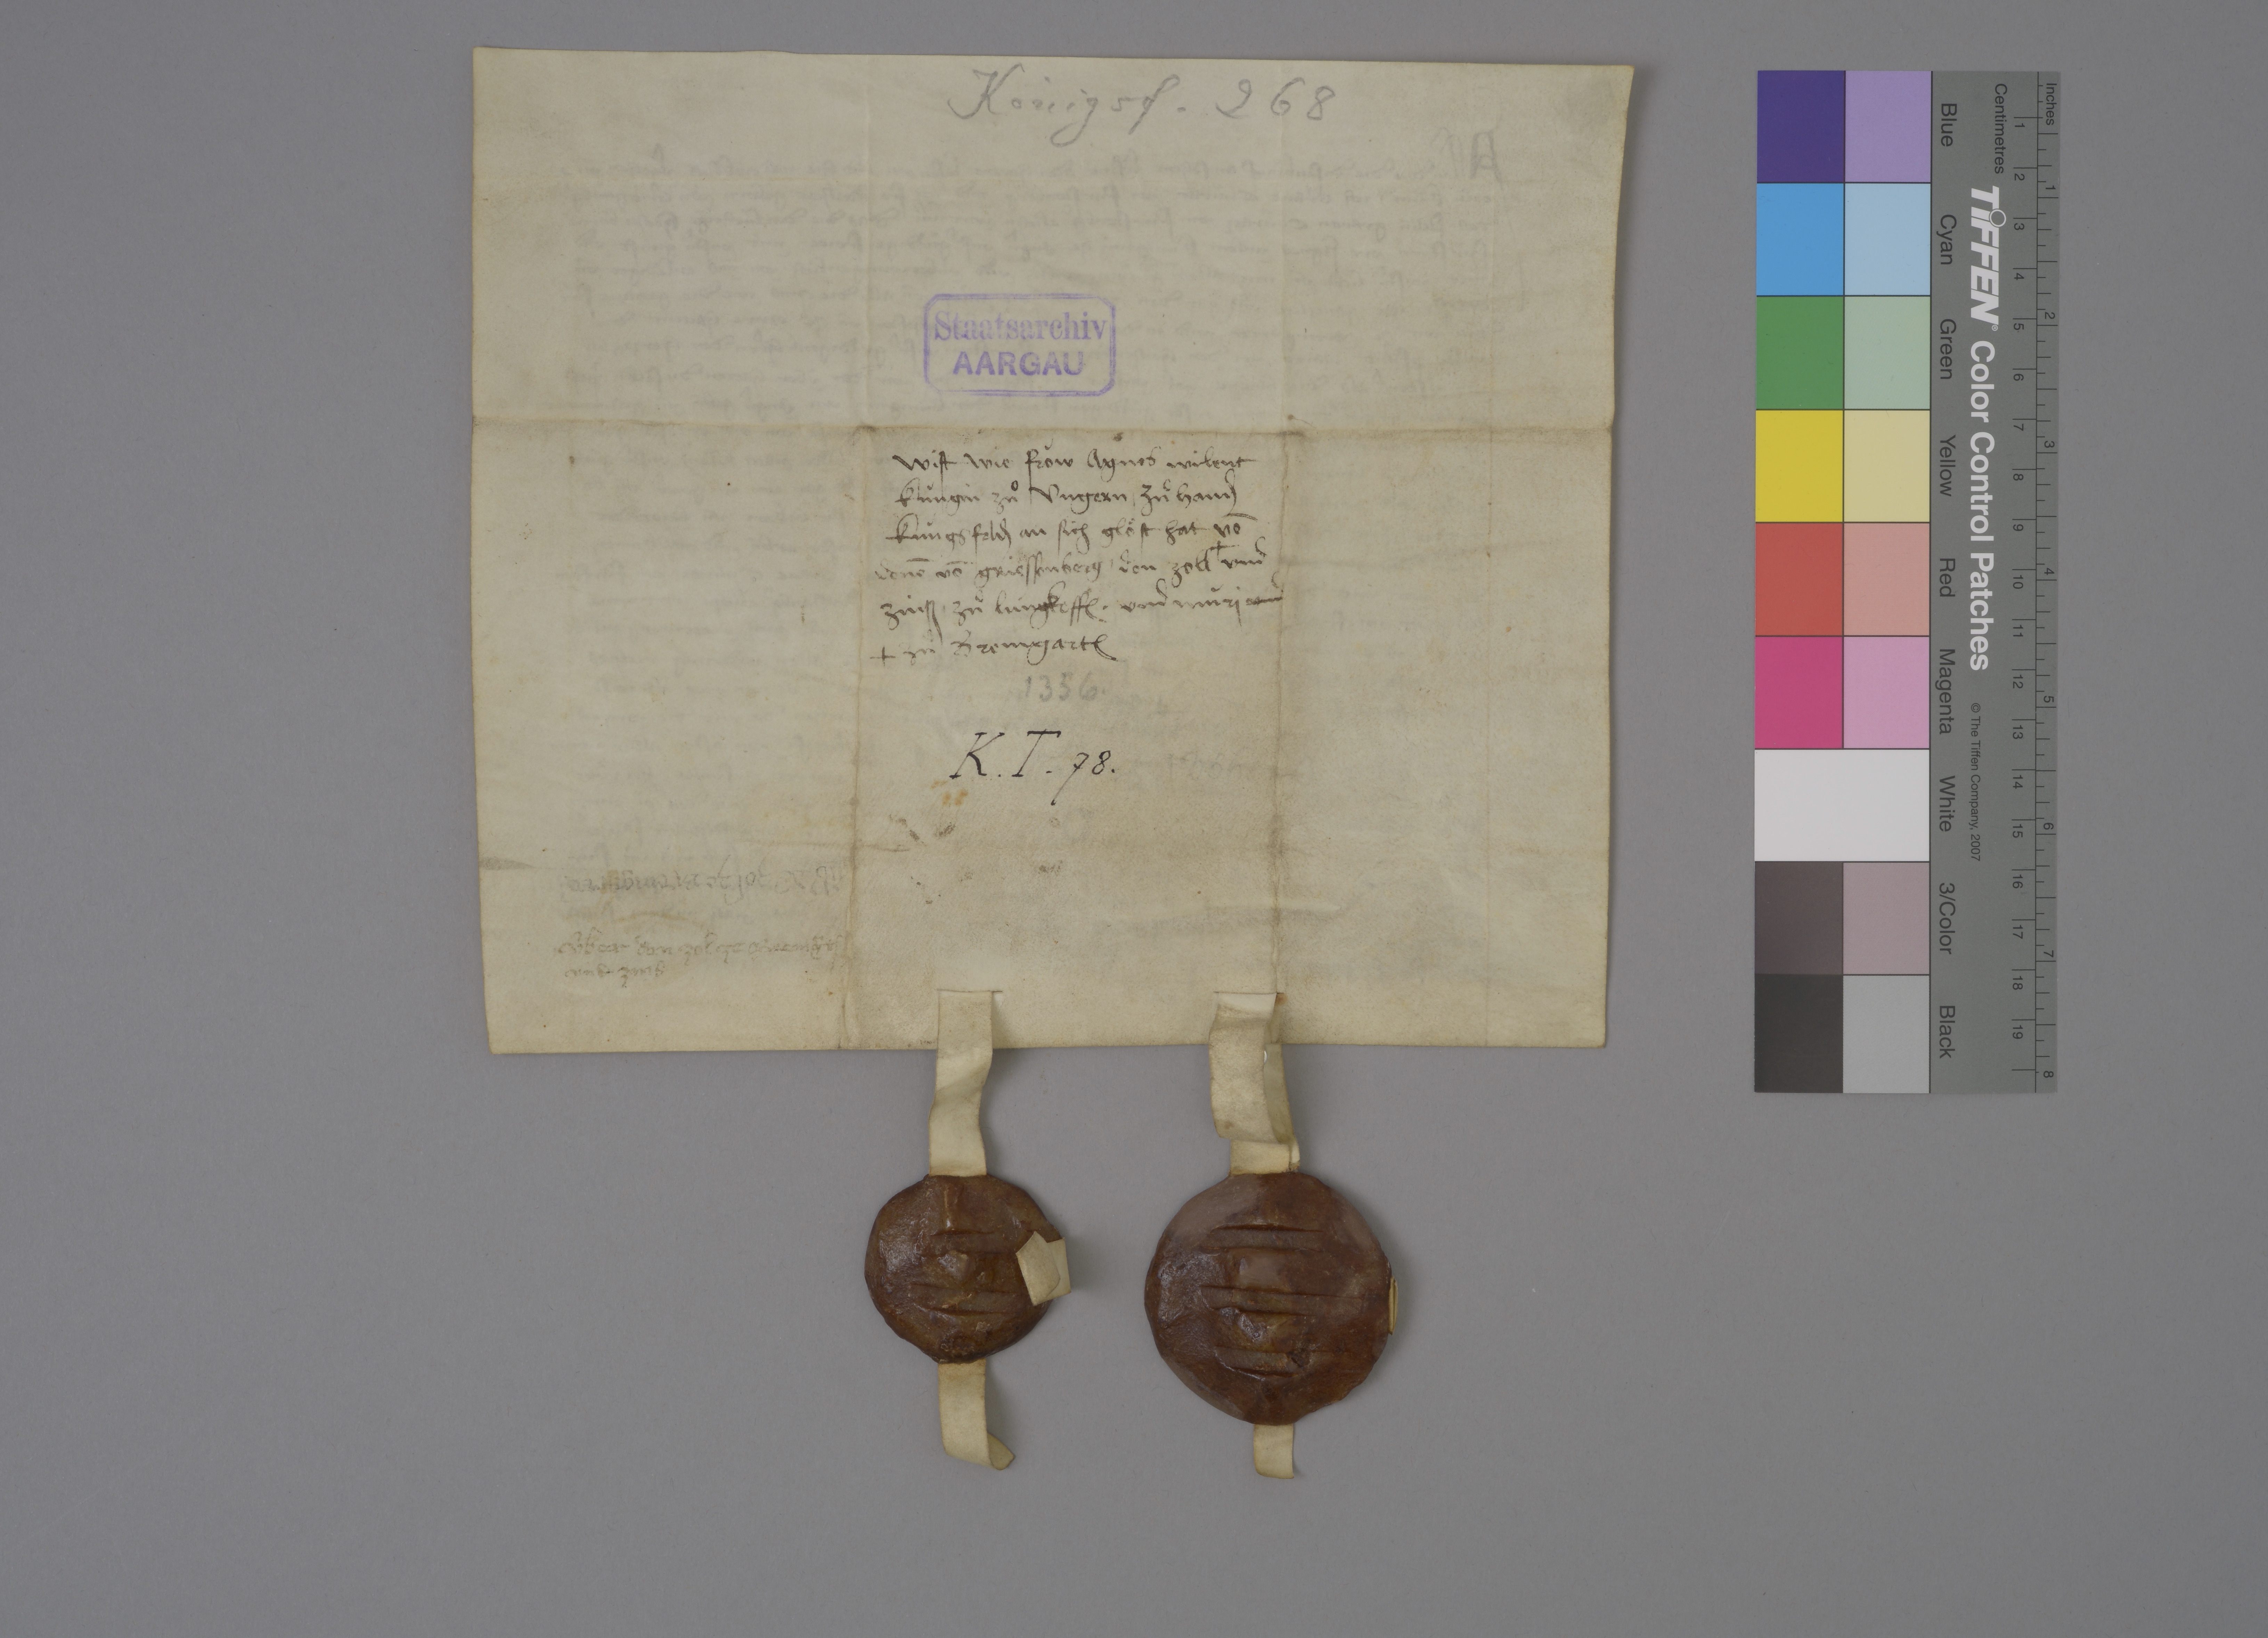
Transcription:
Königsf. 268

Staatsarchiv
AARGAU

wist wie fròw Agnes wilent
kùngin zuͦ Ungern ✳ zuͦ hand₎
Kùngsfeld₎ an sich gloͤst hat vō
denē vō Griessenberg ✳ den zoll ✳
✳ zuͦ Bremgart₎
und
zinsz ✳ zuͦ Lùngkoff₎ ✳ und Mùri und

1356 ✳

K ✳ T ✳ 78 ✳

1356 ✳

ùbˀ dē zol ze Bremgartē

ùber den zol ze Bremḡrt₎
und zins